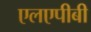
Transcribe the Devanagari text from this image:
एलएपीबी